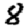
Digit: 8